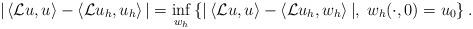
LaTeX: \begin{align*} | \left\langle\mathcal{L} u,u \right\rangle - \left\langle\mathcal{L} u_h,u_h \right\rangle | = \inf_{w_h}\left\{ | \left\langle\mathcal{L} u,u \right\rangle - \left\langle\mathcal{L} u_h,w_h \right\rangle|, \; w_h(\cdot,0) = u_0 \right\}.\end{align*}